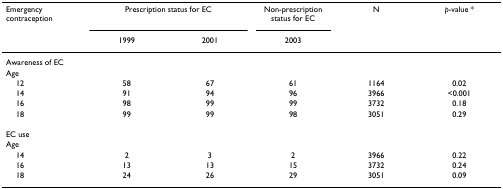
<table><thead><tr><td><b>Emergency contraception</b></td><td colspan="2"><b>Prescription status for EC</b></td><td><b>Non-prescription status for EC</b></td><td><b>N</b></td><td><b><i>p</i>-value *</b></td></tr><tr><td>[EMPTY_CELL]</td><td><b>1999</b></td><td><b>2001</b></td><td><b>2003</b></td><td>[EMPTY_CELL]</td><td>[EMPTY_CELL]</td></tr></thead><tbody><tr><td colspan="6">Awareness of EC</td></tr><tr><td colspan="6">Age</td></tr><tr><td> 12</td><td>58</td><td>67</td><td>61</td><td>1164</td><td>0.02</td></tr><tr><td> 14</td><td>91</td><td>94</td><td>96</td><td>3966</td><td>&lt;0.001</td></tr><tr><td> 16</td><td>98</td><td>99</td><td>99</td><td>3732</td><td>0.18</td></tr><tr><td> 18</td><td>99</td><td>99</td><td>98</td><td>3051</td><td>0.29</td></tr><tr><td colspan="6">EC use</td></tr><tr><td colspan="6">Age</td></tr><tr><td> 14</td><td>2</td><td>3</td><td>2</td><td>3966</td><td>0.22</td></tr><tr><td> 16</td><td>13</td><td>13</td><td>15</td><td>3732</td><td>0.24</td></tr><tr><td> 18</td><td>24</td><td>26</td><td>29</td><td>3051</td><td>0.09</td></tr></tbody></table>